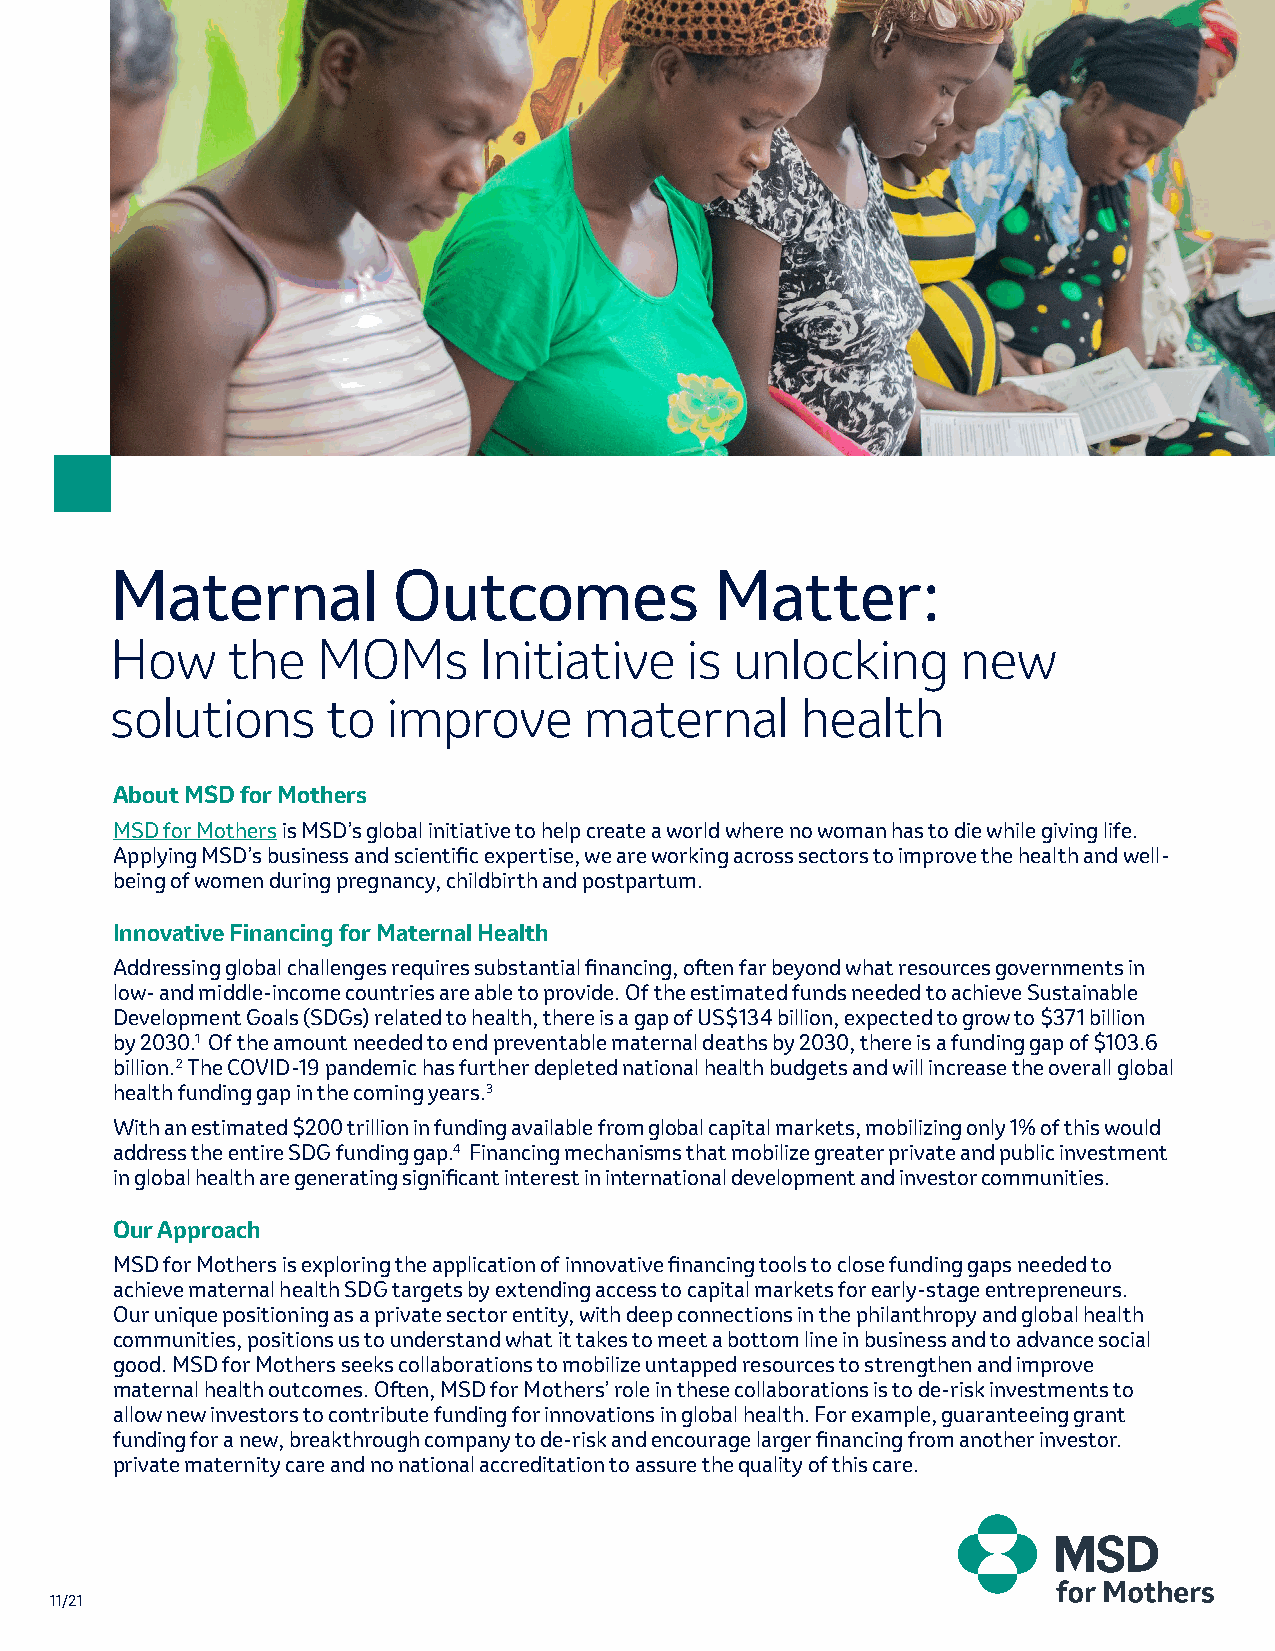
Maternal           Outcomes             Matter:
 How     the   MOMs       Initiative   is  unlocking      new
 solutions      to  improve      maternal      health
 About MSD for Mothers
 MSD for Mothers is MSD’s global initiative to help create a world where no woman has to die while giving life.
 Applying MSD’s business and scientific expertise, we are working across sectors to improve the health and well-
 being of women during pregnancy, childbirth and postpartum.
 Innovative Financing for Maternal Health
 Addressing global challenges requires substantial financing, often far beyond what resources governments in
 low- and middle-income countries are able to provide. Of the estimated funds needed to achieve Sustainable
 Development Goals (SDGs) related to health, there is a gap of US$134 billion, expected to grow to $371 billion
 by 2030.1 Of the amount needed to end preventable maternal deaths by 2030, there is a funding gap of $103.6
 billion.2 The COVID-19 pandemic has further depleted national health budgets and will increase the overall global
 health funding gap in the coming years.3
 With an estimated $200 trillion in funding available from global capital markets, mobilizing only 1% of this would
 address the entire SDG funding gap.4 Financing mechanisms that mobilize greater private and public investment
 in global health are generating significant interest in international development and investor communities.
 Our Approach
 MSD for Mothers is exploring the application of innovative financing tools to close funding gaps needed to
 achieve maternal health SDG targets by extending access to capital markets for early-stage entrepreneurs.
 Our unique positioning as a private sector entity, with deep connections in the philanthropy and global health
 communities, positions us to understand what it takes to meet a bottom line in business and to advance social
 good. MSD for Mothers seeks collaborations to mobilize untapped resources to strengthen and improve
 maternal health outcomes. Often, MSD for Mothers’ role in these collaborations is to de-risk investments to
 allow new investors to contribute funding for innovations in global health. For example, guaranteeing grant
 funding for a new, breakthrough company to de-risk and encourage larger financing from another investor.
 private maternity care and no national accreditation to assure the quality of this care.
 11/21